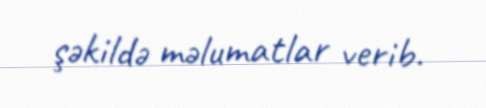
şəkildə məlumatlar verib.